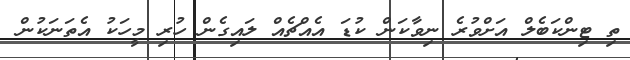
ތި ޓިންކަބެލް އަށްވުރެ ނިވާކަން ކުޑަ އެއްޗެއް ލައިގެން ހުރި މީހަކު އެތަނަކުން